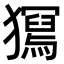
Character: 𤢧